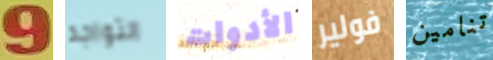
9 التواجد الأدوات فولير تنامين